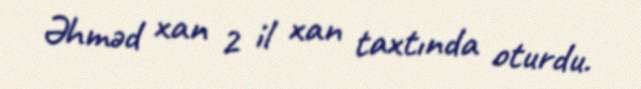
Əhməd xan 2 il xan taxtında oturdu.